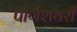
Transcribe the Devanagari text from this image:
पार्णशबरी